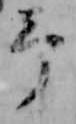
予